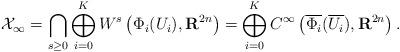
LaTeX: \begin{align*}\mathcal{X}_{\infty}=\bigcap_{s\ge0}\bigoplus_{i=0}^K W^s\left(\Phi_i(U_i),\mathbf{R}^{2n}\right)=\bigoplus_{i=0}^K C^{\infty}\left(\overline{\Phi_i}(\overline{U_i}),\mathbf{R}^{2n}\right).\end{align*}